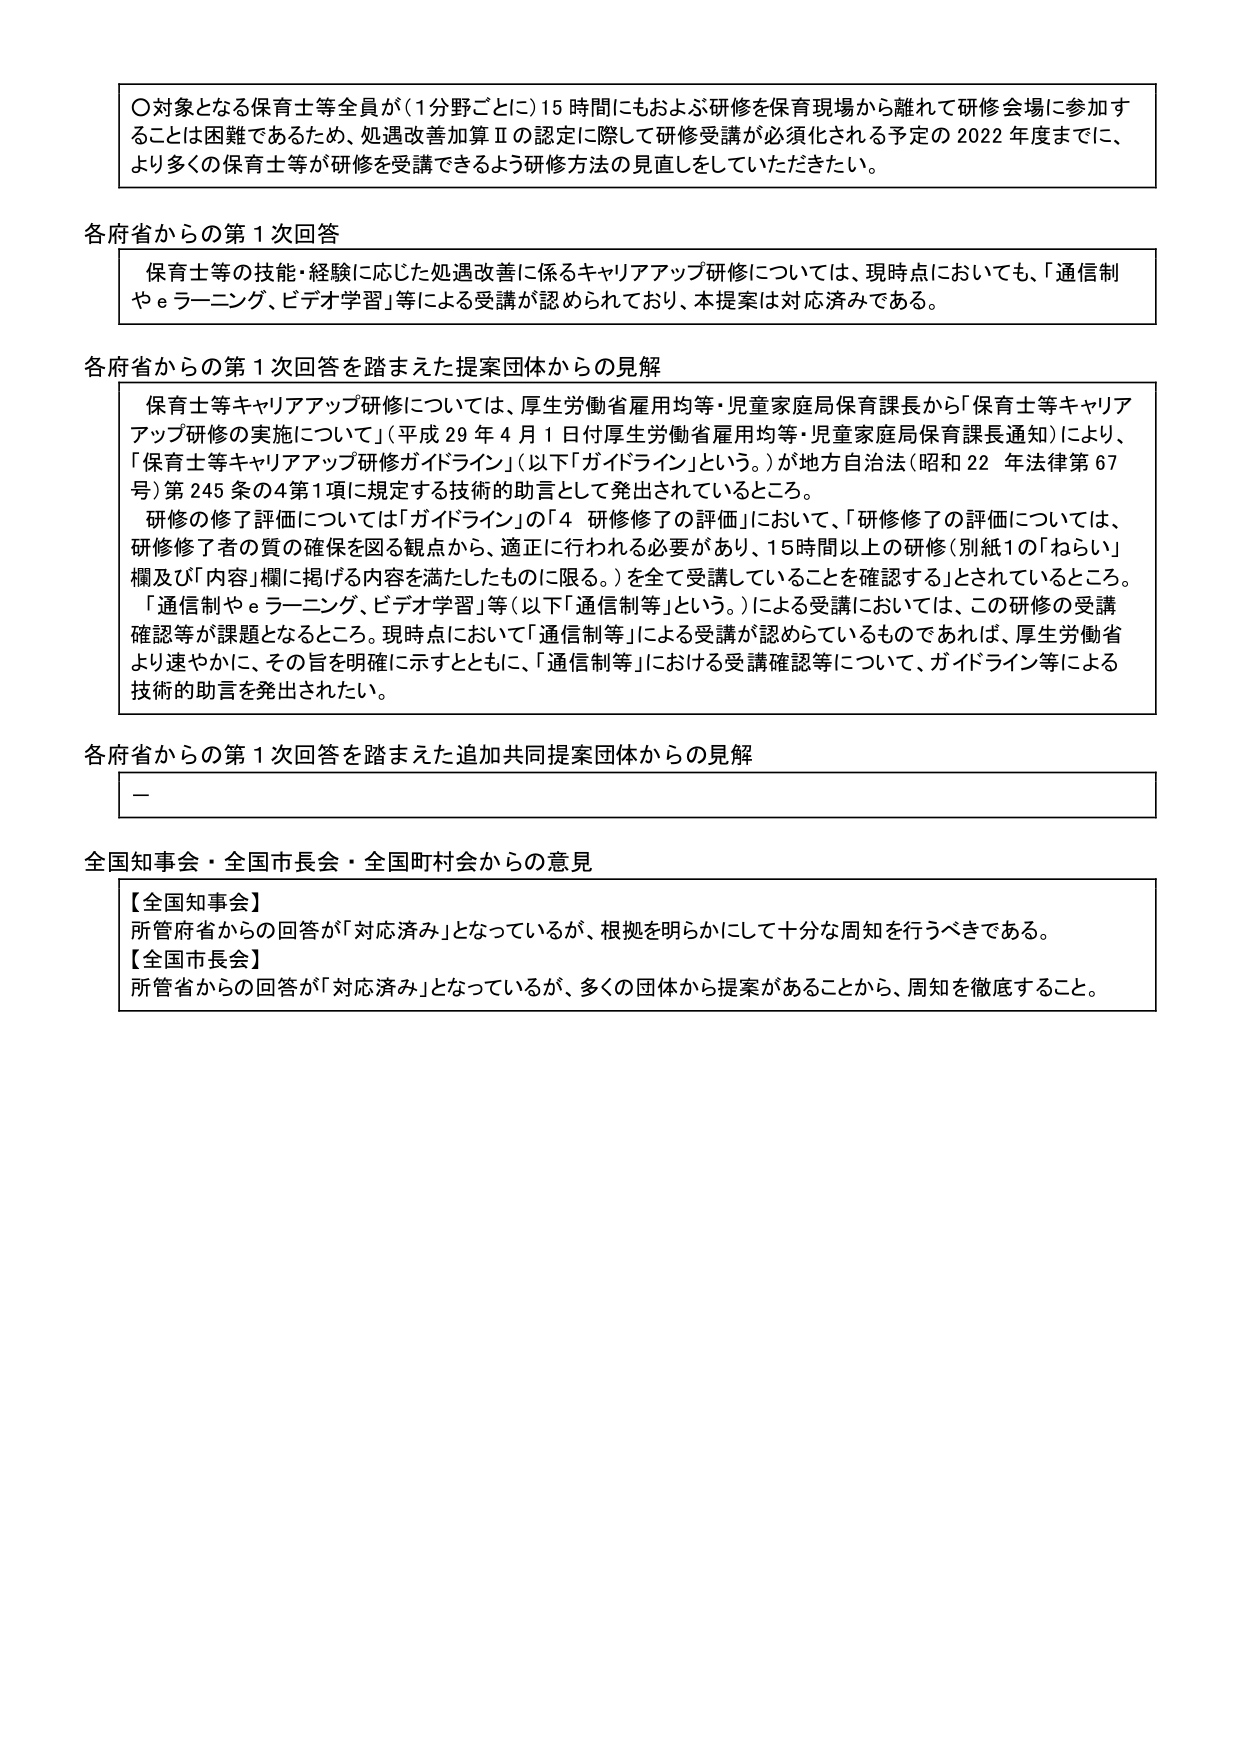
〇対象となる保育士等全員が（1分野ごとに）15時間にもおよぶ研修を保育現場から離れて研修会場に参加することは困難であるため、処遇改善加算Ⅱの認定に際して研修受講が必須化される予定の2022年度までに、より多くの保育士等が研修を受講できるよう研修方法の見直しをしていただきたい。

各府省からの第1次回答
保育士等の技能・経験に応じた処遇改善に係るキャリアアップ研修については、現時点においても、「通信制やｅラーニング、ビデオ学習」等による受講が認められており、本提案は対応済みである。

各府省からの第1次回答を踏まえた提案団体からの見解
保育士等キャリアアップ研修については、厚生労働省雇用均等・児童家庭局保育課長から「保育士等キャリアアップ研修の実施について」（平成29年4月1日付厚生労働省雇用均等・児童家庭局保育課長通知）により、「保育士等キャリアアップ研修ガイドライン」（以下「ガイドライン」という。）が地方自治法（昭和22年法律第67号）第245条の4第1項に規定する技術的助言として発出されているところ。
研修の修了評価については「ガイドライン」の「4 研修修了の評価」において、「研修修了の評価については、研修修了者の質の確保を図る観点から、適正に行われる必要があり、15時間以上の研修（別紙1の「ねらい」欄及び「内容」欄に掲げる内容を満たしたものに限る。）を全て受講していることを確認する」とされているところ。
「通信制やｅラーニング、ビデオ学習」等（以下「通信制等」という。）による受講においては、この研修の受講確認等が課題となるところ。現時点において「通信制等」による受講が認められているものであれば、厚生労働省より速やかに、その旨を明確に示すとともに、「通信制等」における受講確認等について、ガイドライン等による技術的助言を発出されたい。

各府省からの第1次回答を踏まえた追加共同提案団体からの見解
－

全国知事会・全国市長会・全国町村会からの意見
【全国知事会】
所管府省からの回答が「対応済み」となっているが、根拠を明らかにして十分な周知を行うべきである。
【全国市長会】
所管省からの回答が「対応済み」となっているが、多くの団体から提案があることから、周知を徹底すること。